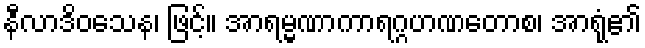
နီလာဒိဝသေန၊ ဖြင့်။ အာရမ္မဏာကာရဂ္ဂဟဏတောစ၊ အာရုံ၏